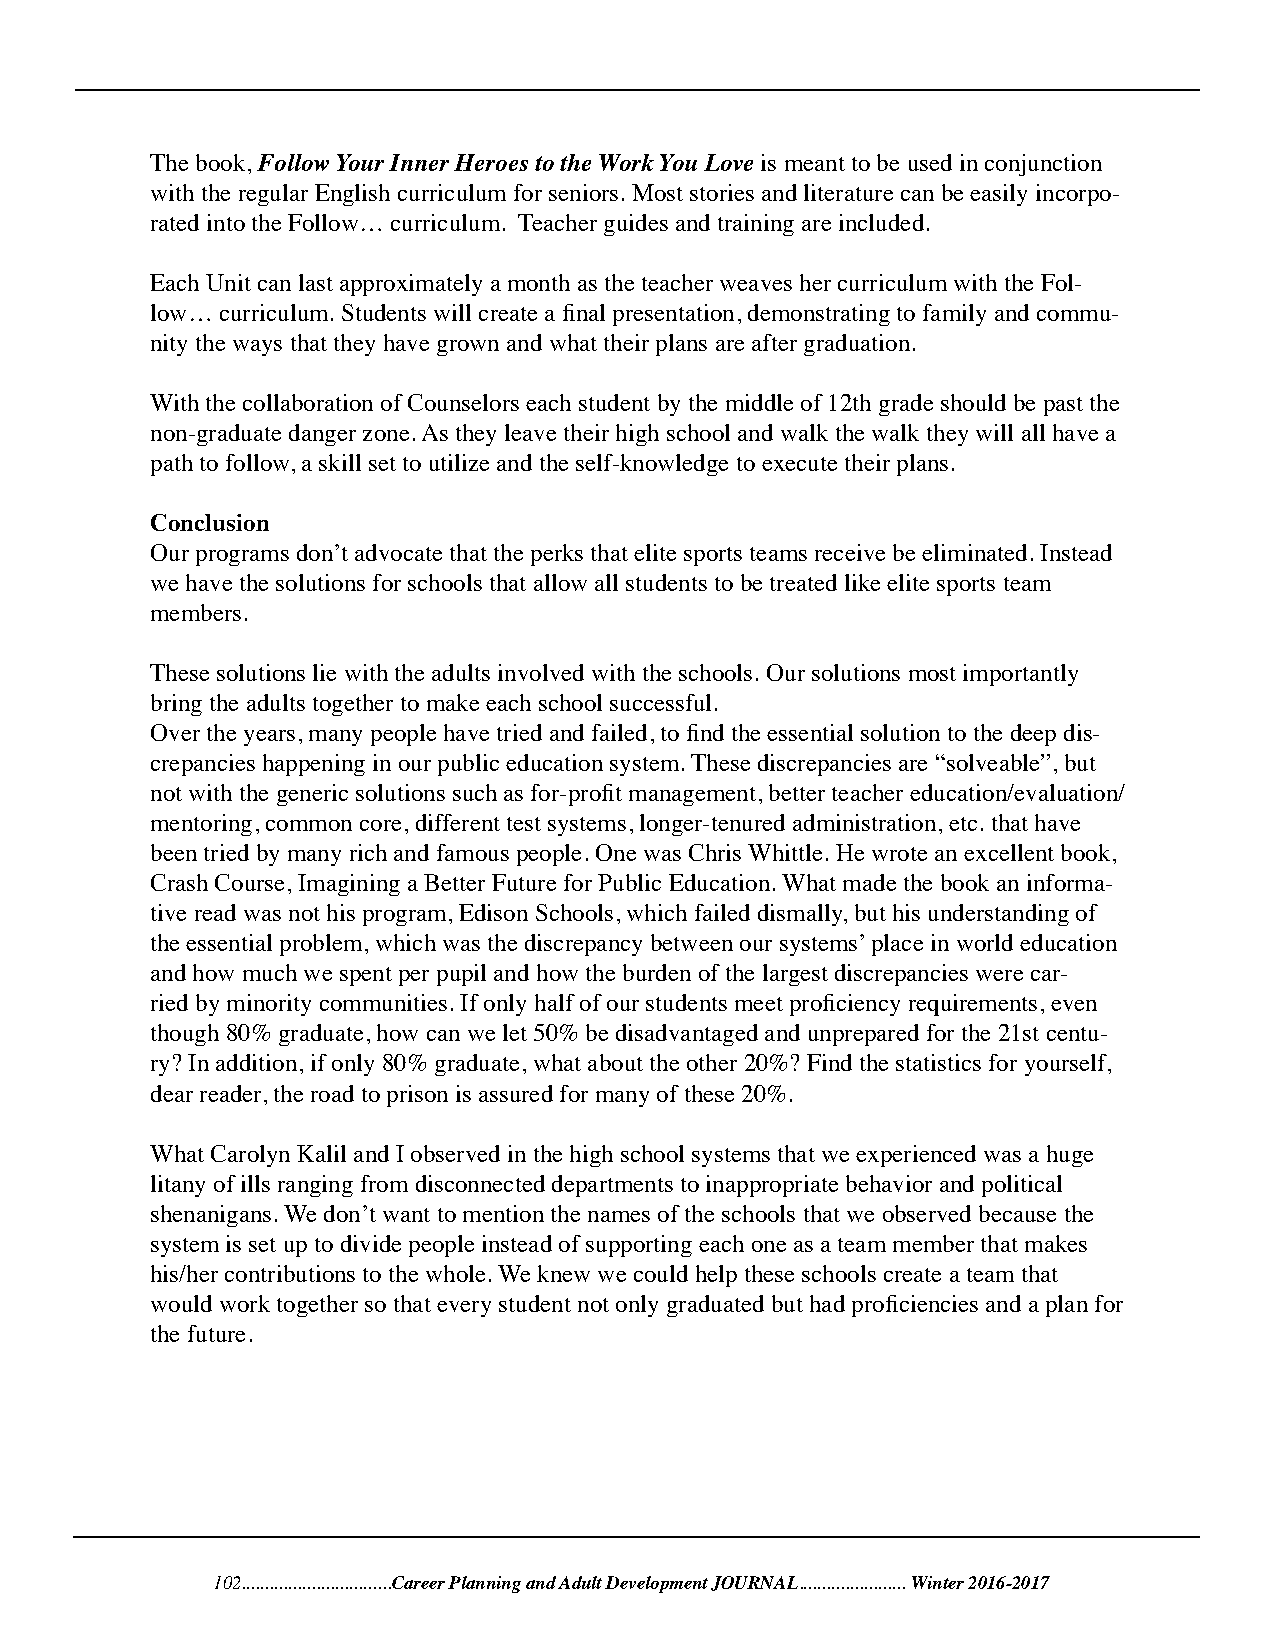
The book, Follow Your Inner Heroes to the Work You Love is meant to be used in conjunction
 with the regular English curriculum for seniors. Most stories and literature can be easily incorpo-
 rated into the Follow… curriculum. Teacher guides and training are included.
 Each Unit can last approximately a month as the teacher weaves her curriculum with the Fol-
 low… curriculum. Students will create a final presentation, demonstrating to family and commu-
 nity the ways that they have grown and what their plans are after graduation.
 With the collaboration of Counselors each student by the middle of 12th grade should be past the
 non-graduate danger zone. As they leave their high school and walk the walk they will all have a
 path to follow, a skill set to utilize and the self-knowledge to execute their plans.
 Conclusion
 Our programs don’t advocate that the perks that elite sports teams receive be eliminated. Instead
 we have the solutions for schools that allow all students to be treated like elite sports team
 members.
 These solutions lie with the adults involved with the schools. Our solutions most importantly
 bring the adults together to make each school successful.
 Over the years, many people have tried and failed, to find the essential solution to the deep dis-
 crepancies happening in our public education system. These discrepancies are “solveable”, but
 not with the generic solutions such as for-profit management, better teacher education/evaluation/
 mentoring, common core, different test systems, longer-tenured administration, etc. that have
 been tried by many rich and famous people. One was Chris Whittle. He wrote an excellent book,
 Crash Course, Imagining a Better Future for Public Education. What made the book an informa-
 tive read was not his program, Edison Schools, which failed dismally, but his understanding of
 the essential problem, which was the discrepancy between our systems’ place in world education
 and how much we spent per pupil and how the burden of the largest discrepancies were car-
 ried by minority communities. If only half of our students meet proficiency requirements, even
 though 80% graduate, how can we let 50% be disadvantaged and unprepared for the 21st centu-
 ry? In addition, if only 80% graduate, what about the other 20%? Find the statistics for yourself,
 dear reader, the road to prison is assured for many of these 20%.
 What Carolyn Kalil and I observed in the high school systems that we experienced was a huge
 litany of ills ranging from disconnected departments to inappropriate behavior and political
 shenanigans. We don’t want to mention the names of the schools that we observed because the
 system is set up to divide people instead of supporting each one as a team member that makes
 his/her contributions to the whole. We knew we could help these schools create a team that
 would work together so that every student not only graduated but had proficiencies and a plan for
 the future.
 102................................Career Planning and Adult Development JOURNAL...................... . Winter 2016-2017